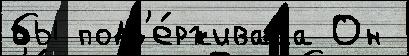
бы подд'е́рживала Он